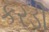
કરડી